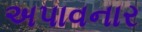
અપાવનાર